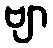
ဗျာ